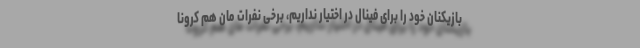
بازیکنان خود را برای فینال در اختیار نداریم، برخی نفرات مان هم کرونا